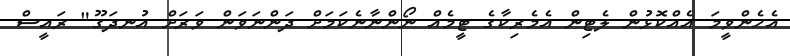
އެހެންވީމަ އެއްކޮޅުން ލެޓިން އެމެރިކާގެ ޓީމެއް ނޯންނާނެކަމަށް ދަންނަވަން ވަރަށް އުނދަގޫ" ރައީސް